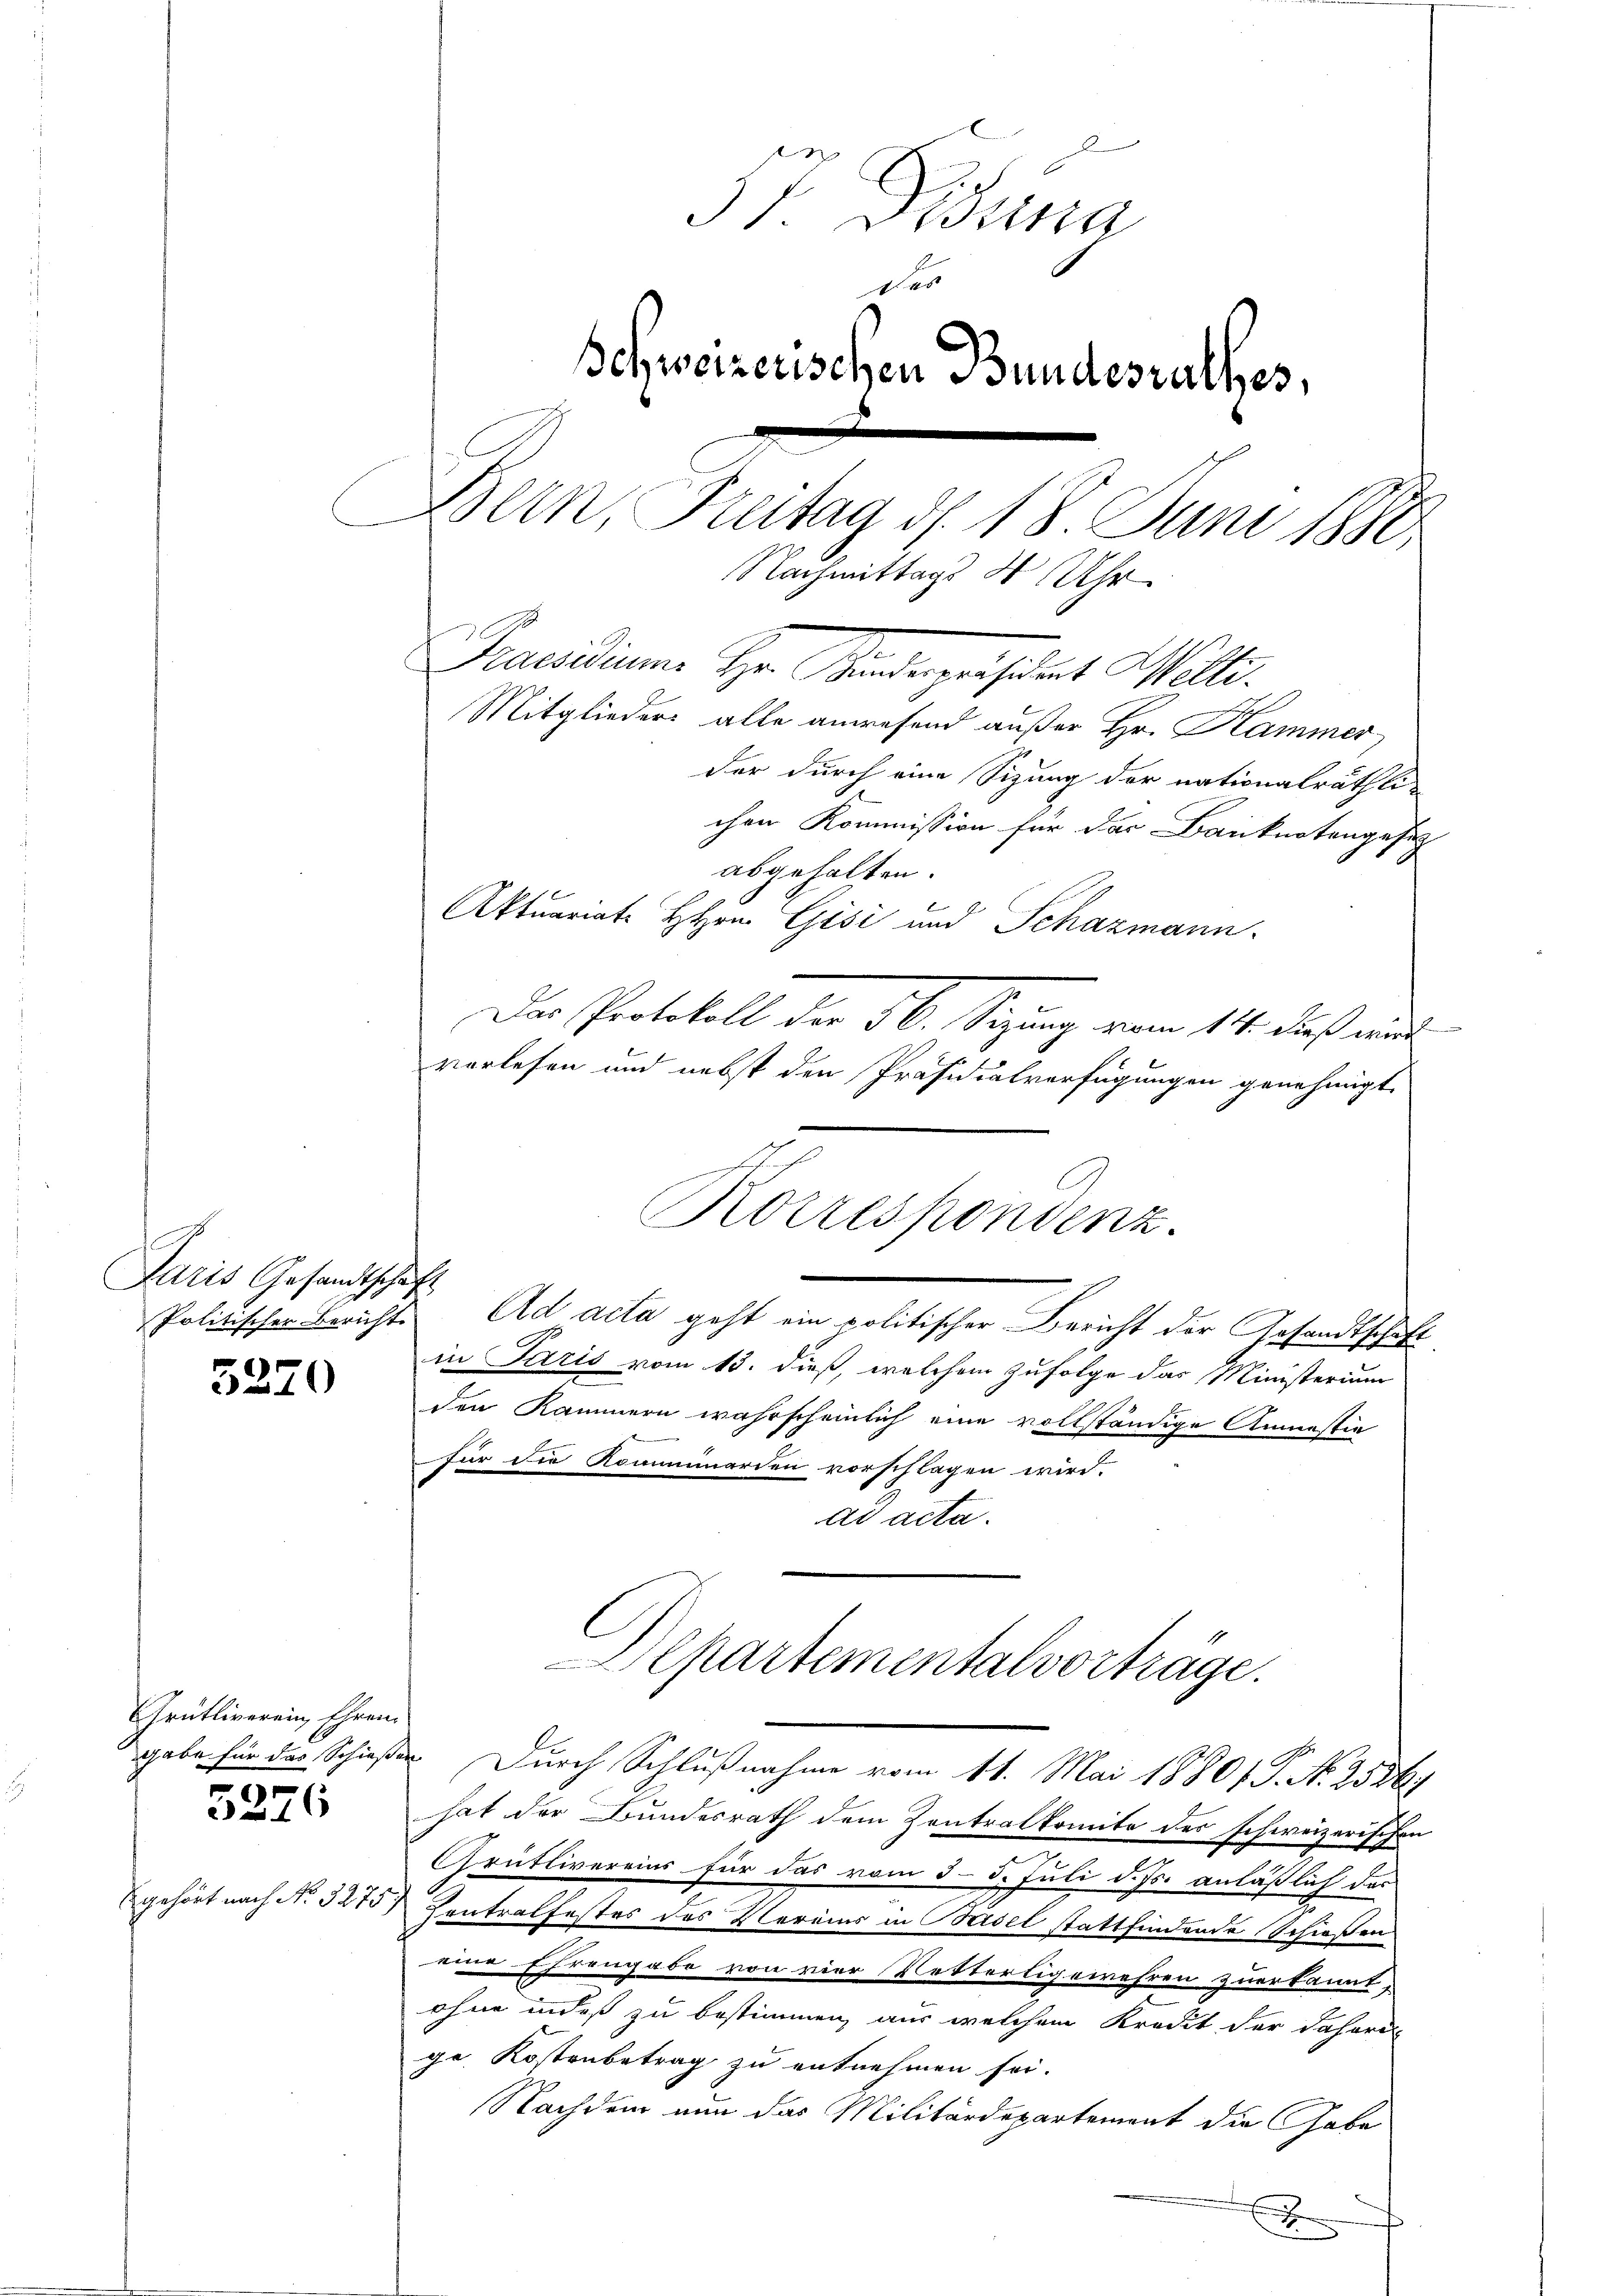
f
Paris Gesandtschaft
Politischer Berichte

GGrütliverein, Ehren

.

5270

5226

gehört nach No. 3275)

57 Figura
des
Schweizerischen Bundesrathes,
Bern, Freitag d. 18. Juni 1880
Nachmittags 4 Uhr
Praesidium Herr Standeresident Wolle.
Mitglieders alle anwesend außer Hr. Hammer
der durch eine Sizung der nationalräthli-

chen Kommission für das Banknotengesich
abgehalten.
vorlesen und nebst den Präsidialverfügungen genehmigt.
Ad acta geht ein politischer Bericht der Gesandtschaft
in Paris vom 13. dieß, welchem Zufolge das Ministerium
den Kammern wahrscheinlich eine vollständige Anmessie
für die Kommaniarden vorschlagen wird.
ad acta.
partementalvorträge.
gabe für des Schießen Durch Schlußnahme vom 11. Mai 18801. P. Nr. 2536)
hat der Bundesrath dem Zentralkomite des schweizerischen
Grütlivereins für das vom 5. 5. Juli d. Js. anlässlich das
Zentralfestes des Vereins in Beidel stattfindende schießen
eine Ehrengabe von vier Vetterligewehren zuerkannt,
ohne indeß zu bestimmen, aus welchem Kredit der daheri
ge Kostenbetrag zu entnehmen sei.
Nachdem nun das Militärdepartement die Gabe
6

Aktuariat Hrn. Gisi und Schazmann.

Der Protokoll der 56. Sitzung vom 14. dieß mit

Korrespondenz.